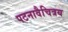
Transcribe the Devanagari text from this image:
पटनावैचित्रय